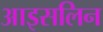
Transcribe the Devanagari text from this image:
आइसलिन